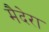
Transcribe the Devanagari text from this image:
मैदेरा